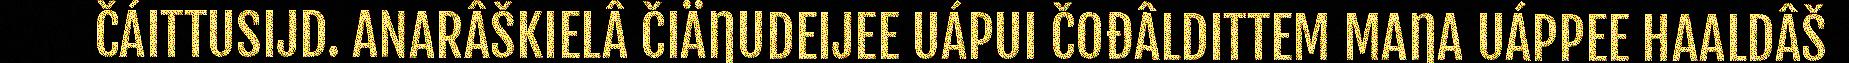
ČÁITTUSIJD. ANARÂŠKIELÂ ČIÄŊUDEIJEE UÁPUI ČOĐÂLDITTEM MAŊA UÁPPEE HAALDÂŠ